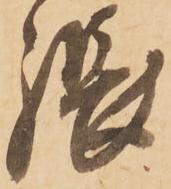
張